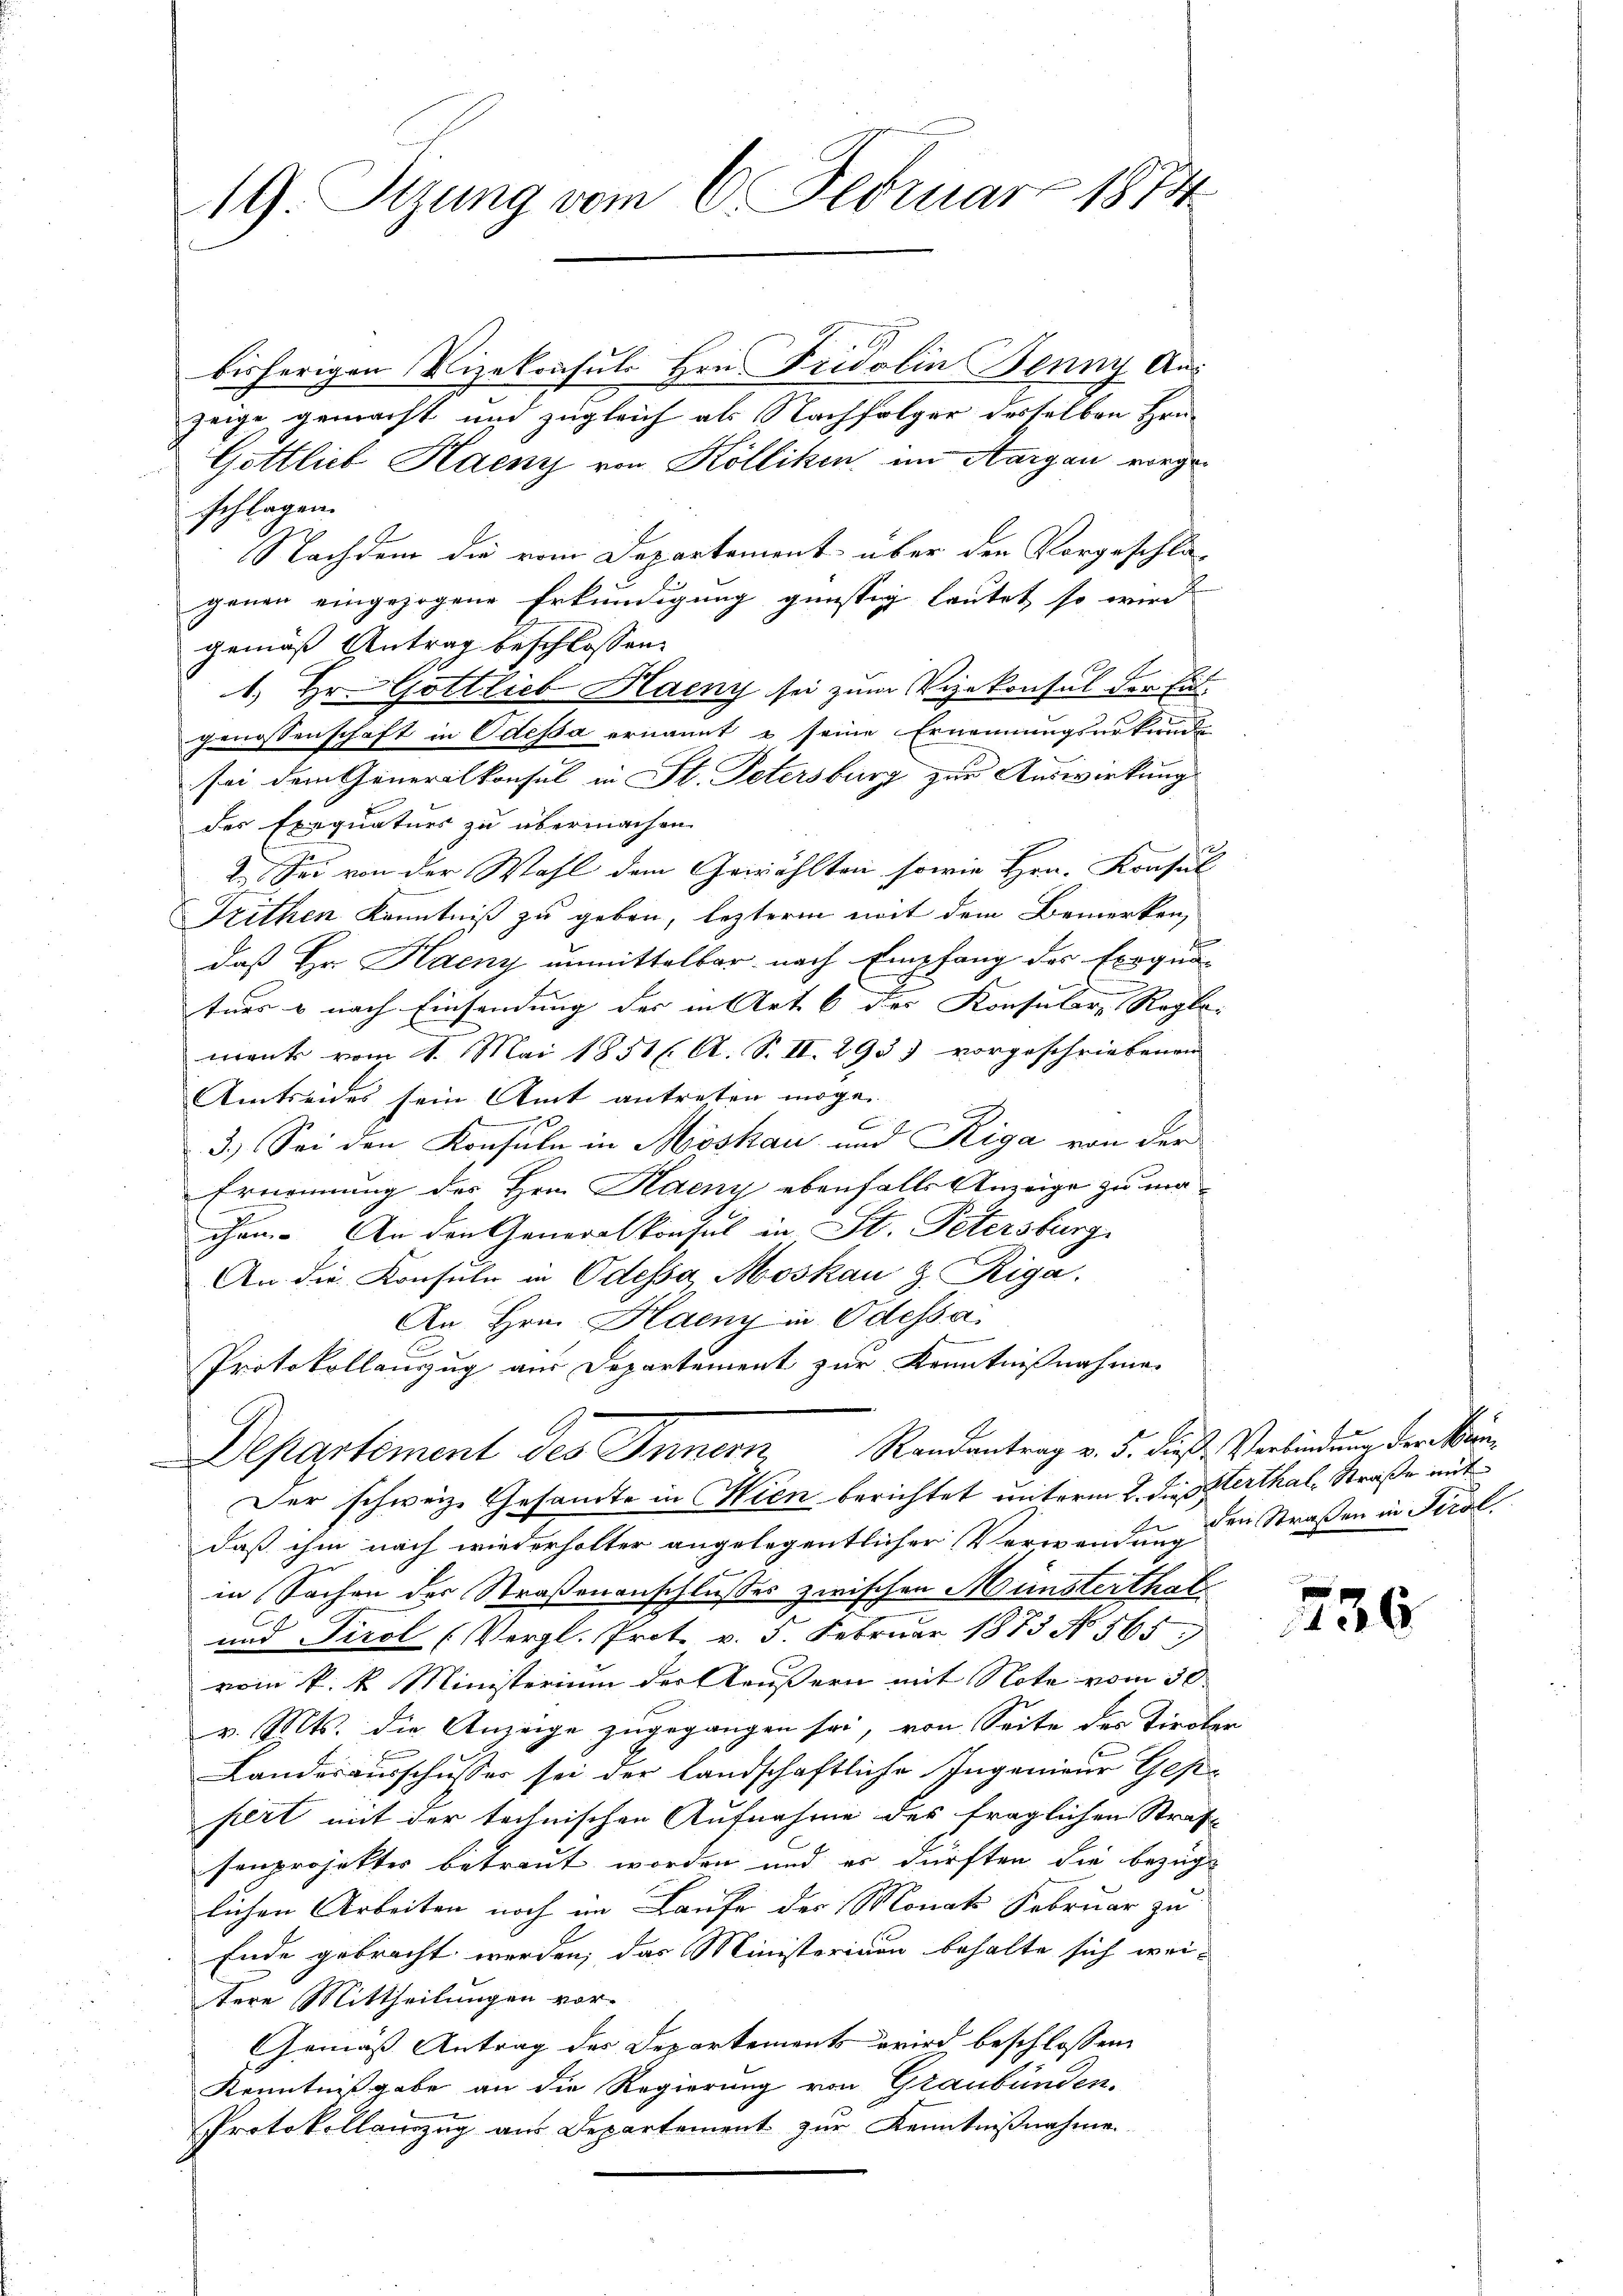
19. Sizung vom 6. Februar 1874

bisherigen Vizekonsuls Hrn. Fridolin Jenny Aus
zeige gemacht und zugleich als Nachfolger desselben Hrn.
Gottlieb Haeny von Kölliken im Aargau vorgeschlagen.
Nachdem die vom Departement über den Vorgeschlagenen eingezogene Erkundigung günstig lautet so wird
gemäß Antrag beschlossen:
A
1. Hr. Gottlieb Haeny sei zum Vizekonsul der Ent
genossenschaft in Odessa ernannt u seine Ernennungsurkund
sei dem Generalkonsul in St. Petersburg zur Auswirkung
der Exequaturs zu übermachen.
2. Sei von der Wahl dem Gewählten sowie Hrn. Konsul
Frithen Kenntniß zu geben, leztere mit dem Bemerken,
daß Hr. Haeny unmittelbar nach Empfang des Errqun-
ters & nach Einsendung der in Art. 6 der Konsulare Regle- |
mant vom 1. Mai 1851 l. A. S. II. 2955 vorgeschriebenen
Amtseides sein Amt antreten möge.
g
e
b
3.) Sei den Konsuln in Moskau und Riga von der
Ernennung des Hrn. Haeny ebenfalls Anzeige zu machen. An den Generalkonsul in St. Petersburg,
An die Konsuln in Odessa, Moskau & Riga
An Hrn. Haeny in Odessa
e
Protokollenzug aus Departement zur Kenntnißnahme.
Departement des Innern Randantrag v. 5. dieß, Verbindung der Kün¬
Der schweiz. Gesandte in Wien berichtet unterm 2. die Herthal, Straße mit
A
daß ihm nach wiederholter angelegentlicher Verwendung dein Straßen in Tirol
in Sachen der Straßenanschlußes zwischen Münsterthal
und Tirol (Vergl. Prot. v. 5. Februar 1873 No 565)
vom k. k. Ministerium der Aeussern mit Note vom 30.
v. Mts. die Anzeige zugegangen sei, von Seite des Tiroler
Landesausschusser sei der Landschaftliche Ingenieur Gese
hert mit der technischen Aufnahme des fraglichen Straf
senprojekter betraut worden und es dürften die bezüg
lichen Arbeiten noch im Laufe der Monats Februar zu
Ende gebracht werden, das Ministerium behalte sich wei-
tere Mittheilungen vor-
Gemäß Antrag des Departements wird beschlossene
Kenntnißgabe an die Regierung von Graubünden.
Protokollenzug aus Departement zur Kenntnißnahme

2.

236